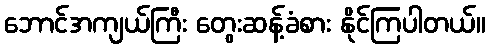
ဘောင်အကျယ်ကြီး တွေးဆန့်ခံစား နိုင်ကြပါတယ်။